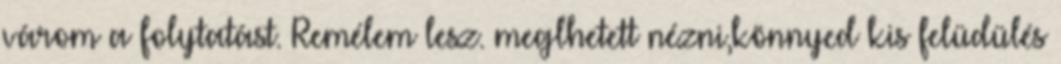
várom a folytatást. Remélem lesz. meglhetett nézni,könnyed kis felüdülés